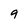
Character: 9